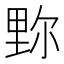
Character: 𨤧